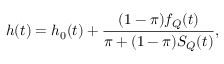
h ( t ) = h _ { 0 } ( t ) + \frac { ( 1 - \pi ) f _ { Q } ( t ) } { \pi + ( 1 - \pi ) S _ { Q } ( t ) } ,